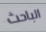
الباحث